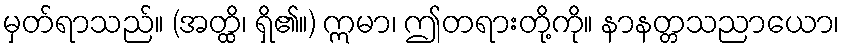
မှတ်ရာသည်။ (အတ္ထိ၊ ရှိ၏။) ဣမာ၊ ဤတရားတို့ကို။ နာနတ္တသညာယော၊